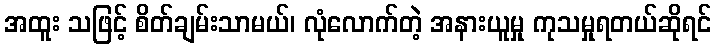
အထူး သဖြင့် စိတ်ချမ်းသာမယ်၊ လုံလောက်တဲ့ အနားယူမှု ကုသမှုရတယ်ဆိုရင်